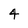
Character: 4